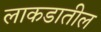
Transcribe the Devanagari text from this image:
लाकडातील